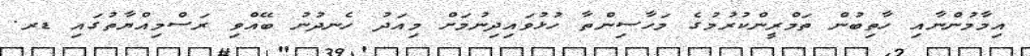
އިމާމުންނާއި ހާތިބުން ތަމްރީންކުރުމުގެ މަހާސިންތާ ހުޅުވައިދިނުމަށް މިއަދު ހެނދުނު ބޭއްވި ރަސްމިއްޔާތުގައި ޑރ.